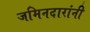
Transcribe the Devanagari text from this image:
जमिनदारांनी